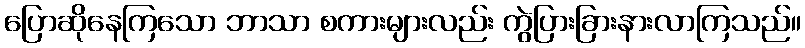
ပြောဆိုနေကြသော ဘာသာ စကားများလည်း ကွဲပြားခြားနားလာကြသည်။